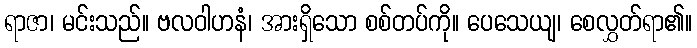
ရာဇာ၊ မင်းသည်။ ဗလဝါဟနံ၊ အားရှိသော စစ်တပ်ကို။ ပေသေယျ၊ စေလွှတ်ရာ၏။